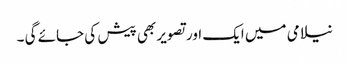
نیلامی میں ایک اور تصویر بھی پیش کی جائے گی ۔